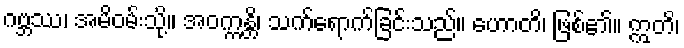
ဂဗ္ဘဿ၊ အမိဝမ်းသို့။ အဝက္ကန္တိ၊ သက်ရောက်ခြင်းသည်။ ဟောတိ၊ ဖြစ်၏။ ဣတိ၊